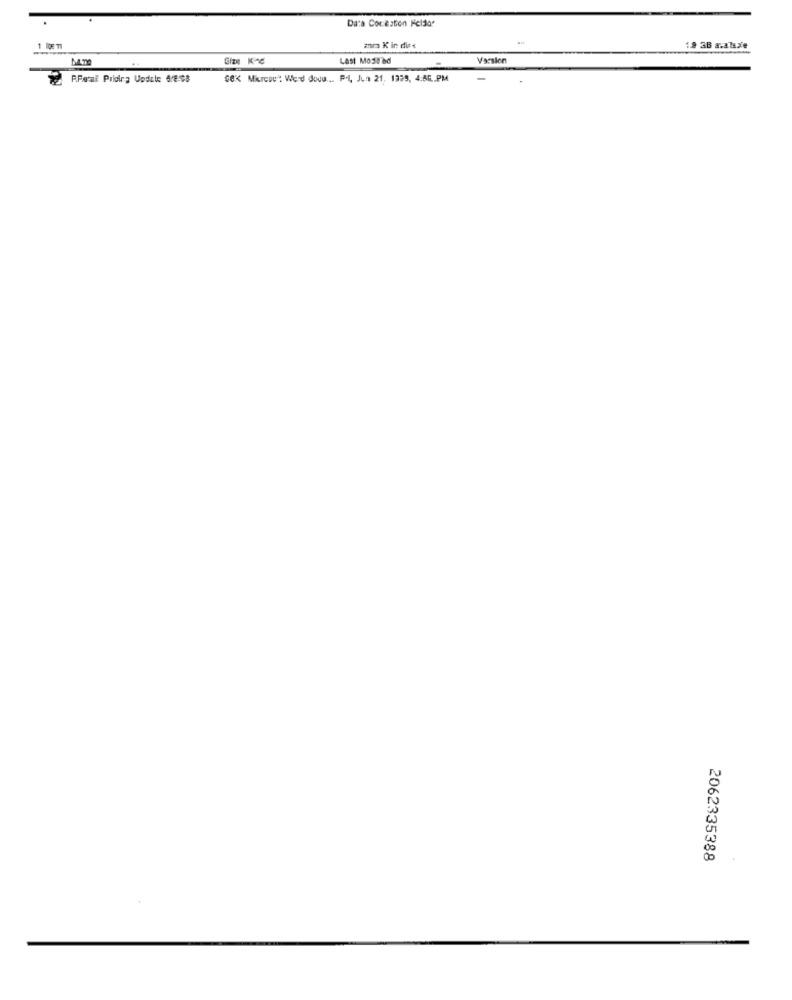
Da:a CorBaton Feldo.
ara K in dice
19 38 a.alsxe
Last Mosl'ad
Varsion
R.PamE Pilding Undile 4/8:08
CEK Miresc't Werd douu ... Pi, Jun 21. 1395, 4:66 .. PM
2062335388